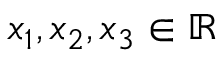
x _ { 1 } , x _ { 2 } , x _ { 3 } \in \mathbb { R }